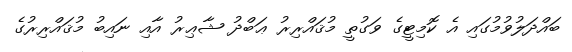
ބައްދަލުވުމުގައި އެ ކޮމިޓީގެ ވަގުތީ މުޤައްރިރު ޢަބްދު ޝާޢިރު އާއި ނައިބު މުޤައްރިރުގެ